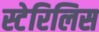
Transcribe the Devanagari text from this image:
स्टेरिलिस